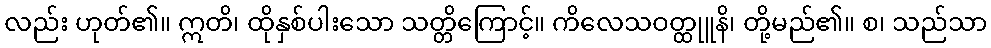
လည်း ဟုတ်၏။ ဣတိ၊ ထိုနှစ်ပါးသော သတ္တိကြောင့်။ ကိလေသဝတ္ထုူနိ၊ တို့မည်၏။ စ၊ သည်သာ